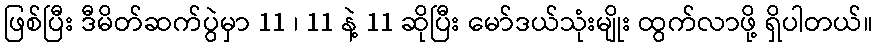
ဖြစ်ပြီး ဒီမိတ်ဆက်ပွဲမှာ 11 ၊ 11 နဲ့ 11 ဆိုပြီး မော်ဒယ်သုံးမျိုး ထွက်လာဖို့ ရှိပါတယ်။